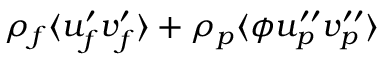
\rho _ { f } \langle u _ { f } ^ { \prime } v _ { f } ^ { \prime } \rangle + \rho _ { p } \langle \phi u _ { p } ^ { \prime \prime } v _ { p } ^ { \prime \prime } \rangle